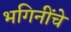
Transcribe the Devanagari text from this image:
भगिनींचे